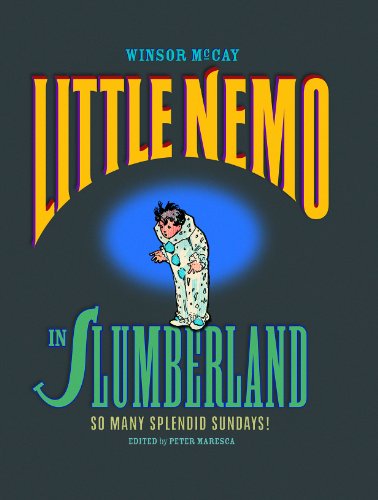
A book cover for Little Nemo in Slumberland: So Many Splended Sundays!; Winsor McCay; Comics & Graphic Novels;